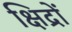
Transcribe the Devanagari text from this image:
क्षिद्रों